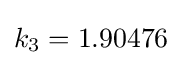
k_{3}=1.90476